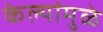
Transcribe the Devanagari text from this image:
केल्यांमुळे